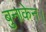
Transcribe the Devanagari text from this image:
बुनाकेन।